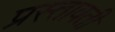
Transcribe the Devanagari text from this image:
प्रस्तावती